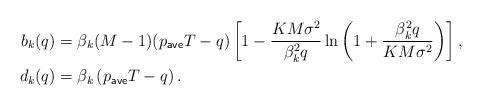
LaTeX: \begin{align*} b_k(q) &= \beta_k (M-1) (p_{\sf ave} T - q) \left[1- \frac{K M \sigma^2}{\beta_k^2 q} \ln \left( 1+ \frac{\beta_k^2 q}{K M \sigma^2} \right) \right], \\ d_k(q) &= \beta_k \left( p_{\sf ave} T - q \right).\end{align*}